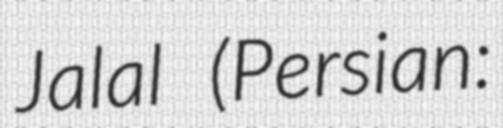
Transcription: Jalal (Persian: